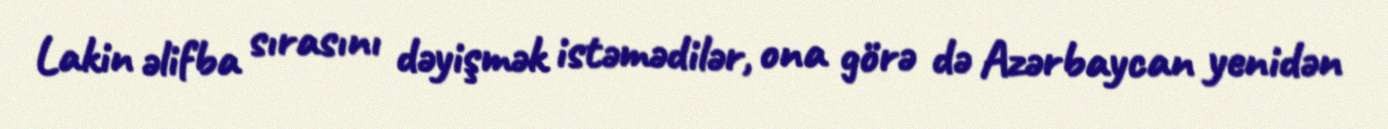
Lakin əlifba sırasını dəyişmək istəmədilər, ona görə də Azərbaycan yenidən